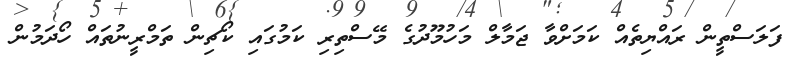
ފަލަސްތީން ރައްޔިތެއް ކަމަށްވާ ޖަމާލް މަހުމޫދުގެ މޭސްތިރި ކަމުގައި ކޯޗިން ތަމްރީނުތައް ހޯދަމުން